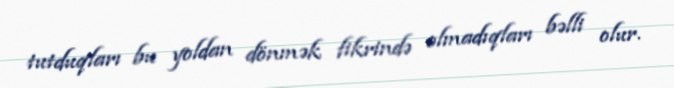
tutduqları bu yoldan dönmək fikrində olmadıqları bəlli olur.